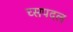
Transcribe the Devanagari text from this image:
च्सपदल